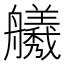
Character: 𫇣